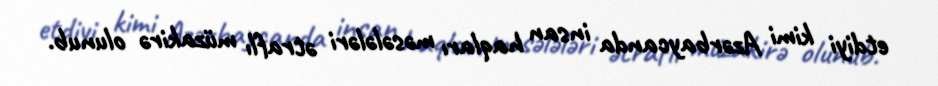
etdiyi kimi Azərbaycanda insan haqları məsələləri ətraflı müzakirə olunub.